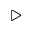
\triangleright